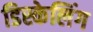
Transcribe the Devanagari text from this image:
डिस्केलिंग